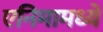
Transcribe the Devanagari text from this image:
एनिमामध्ये